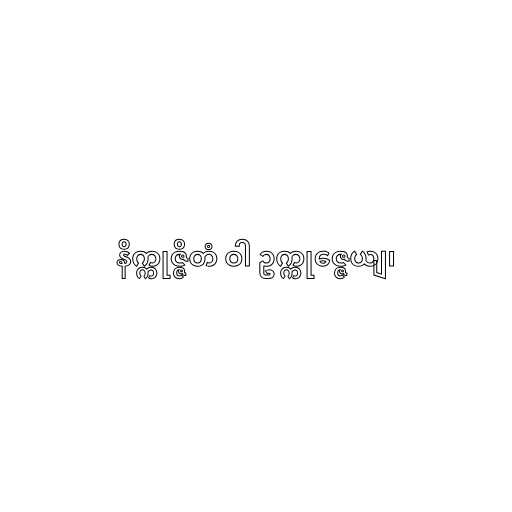
နိက္ကုဇ္ဇိတံ ဝါ ဥက္ကုဇ္ဇေယျ၊